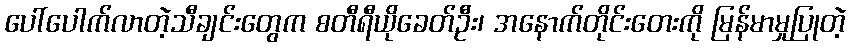
ပေါ်ပေါက်လာတဲ့သီချင်းတွေက စတီရီယိုခေတ်ဦး၊ အနောက်တိုင်းတေးကို မြန်မာမှုပြုတဲ့